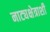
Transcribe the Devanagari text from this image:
नाट्यक्षेत्राशी